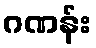
ဂဏန်း